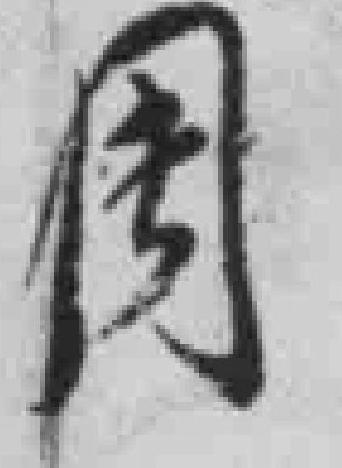
周